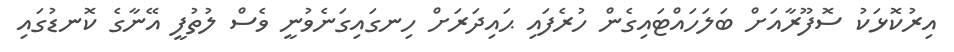
އިރުކޮޅަކު ސޮފޫރާއަށް ބަލަހައްޓައިގެން ހުރެފައި ޙައިދަރަށް ހިނގައިގަނެވުނީ ވެސް ލުތުފީ އޭނާގެ ކޮނޑުގައި